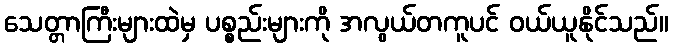
သေတ္တာကြီးများထဲမှ ပစ္စည်းများကို အလွယ်တကူပင် ဝယ်ယူနိုင်သည်။